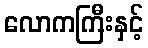
လောကကြီးနှင့်